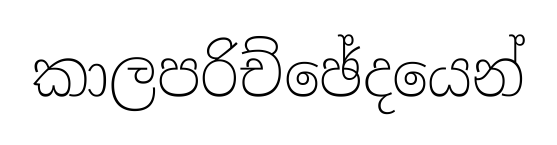
කාලපරිච්ඡේදයෙන්